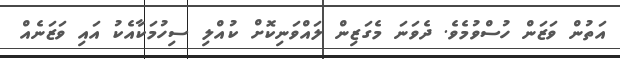
އަތުން ވަޒަން ހުސްވުމެވެ. ދެވަނަ މެގަޒިން ލައްވަނިކޮށް ކުއްލި ސިހުމަކާއެކު އައި ވަޒަނެއް